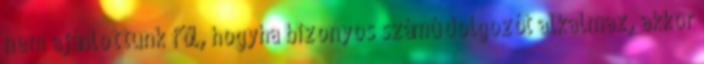
nem ajánlottunk föl, hogyha bizonyos számú dolgozót alkalmaz, akkor